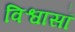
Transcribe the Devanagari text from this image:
विश्वासॉ